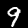
Label: 9